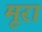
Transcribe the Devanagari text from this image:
मूरा